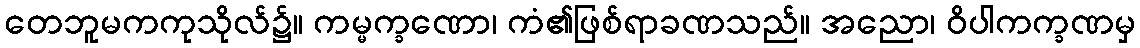
တေဘူမကကုသိုလ်၌။ ကမ္မက္ခဏော၊ ကံ၏ဖြစ်ရာခဏသည်။ အညော၊ ဝိပါကက္ခဏမှ